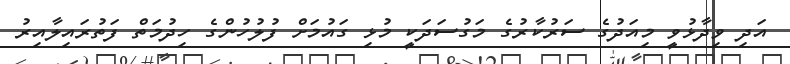
އަދި ވިދާޅުވީ މިއަދުގެ ސަރުކާރުގެ މަގުސަދަކީ މުޅި ގައުމަށް ފުލުހުންގެ ހިދުމަތް ފަތުރައިލާއިރު